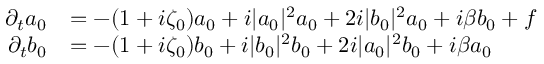
\begin{array} { r l } { \partial _ { t } a _ { 0 } } & { = - ( 1 + i \zeta _ { 0 } ) a _ { 0 } + i | a _ { 0 } | ^ { 2 } a _ { 0 } + 2 i | b _ { 0 } | ^ { 2 } a _ { 0 } + i \beta b _ { 0 } + f } \\ { \partial _ { t } b _ { 0 } } & { = - ( 1 + i \zeta _ { 0 } ) b _ { 0 } + i | b _ { 0 } | ^ { 2 } b _ { 0 } + 2 i | a _ { 0 } | ^ { 2 } b _ { 0 } + i \beta a _ { 0 } } \end{array}